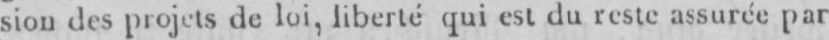
sion des projets de loi, liberté qui est du reste assurée par